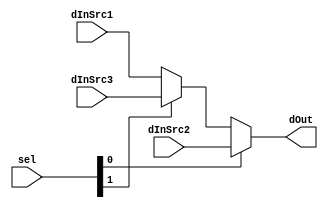
module Mux3to1(sel, dInSrc1, dInSrc2, dInSrc3, dOut);
	parameter BIT_WIDTH = 32;

	input [1 : 0] sel;
	input [BIT_WIDTH - 1 : 0] dInSrc1, dInSrc2, dInSrc3;
	output [BIT_WIDTH - 1 : 0] dOut;

	assign dOut = sel[0] ? dInSrc2 :
					  sel[1] ? dInSrc3 :
								  dInSrc1;
endmodule